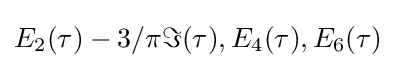
E_{2}(\tau )-3/\pi \Im (\tau ),E_{4}(\tau ),E_{6}(\tau )